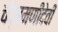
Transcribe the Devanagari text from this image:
चंद्रमणीदेवी